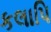
કલાપિ